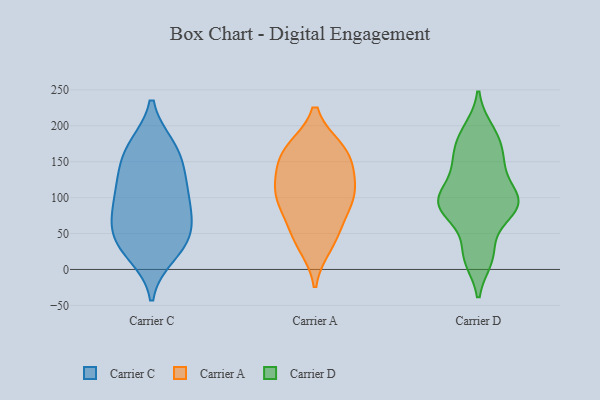
{"axis": {"x": "Satisfaction Score", "y": "Value"}, "legend": ["Carrier A", "Carrier C", "Carrier D"], "data": [{"x": "", "y": 51, "type": "Carrier C"}, {"x": "", "y": 169, "type": "Carrier C"}, {"x": "", "y": 88, "type": "Carrier C"}, {"x": "", "y": 96, "type": "Carrier C"}, {"x": "", "y": 171, "type": "Carrier C"}, {"x": "", "y": 133, "type": "Carrier C"}, {"x": "", "y": 167, "type": "Carrier C"}, {"x": "", "y": 66, "type": "Carrier C"}, {"x": "", "y": 118, "type": "Carrier C"}, {"x": "", "y": 132, "type": "Carrier C"}, {"x": "", "y": 87, "type": "Carrier C"}, {"x": "", "y": 50, "type": "Carrier C"}, {"x": "", "y": 31, "type": "Carrier C"}, {"x": "", "y": 35, "type": "Carrier C"}, {"x": "", "y": 21, "type": "Carrier C"}, {"x": "", "y": 89, "type": "Carrier A"}, {"x": "", "y": 159, "type": "Carrier A"}, {"x": "", "y": 43, "type": "Carrier A"}, {"x": "", "y": 60, "type": "Carrier A"}, {"x": "", "y": 167, "type": "Carrier A"}, {"x": "", "y": 97, "type": "Carrier A"}, {"x": "", "y": 125, "type": "Carrier A"}, {"x": "", "y": 160, "type": "Carrier A"}, {"x": "", "y": 128, "type": "Carrier A"}, {"x": "", "y": 102, "type": "Carrier A"}, {"x": "", "y": 34, "type": "Carrier A"}, {"x": "", "y": 167, "type": "Carrier A"}, {"x": "", "y": 105, "type": "Carrier A"}, {"x": "", "y": 168, "type": "Carrier D"}, {"x": "", "y": 138, "type": "Carrier D"}, {"x": "", "y": 87, "type": "Carrier D"}, {"x": "", "y": 89, "type": "Carrier D"}, {"x": "", "y": 96, "type": "Carrier D"}, {"x": "", "y": 138, "type": "Carrier D"}, {"x": "", "y": 104, "type": "Carrier D"}, {"x": "", "y": 194, "type": "Carrier D"}, {"x": "", "y": 15, "type": "Carrier D"}, {"x": "", "y": 18, "type": "Carrier D"}, {"x": "", "y": 22, "type": "Carrier D"}, {"x": "", "y": 170, "type": "Carrier D"}, {"x": "", "y": 85, "type": "Carrier D"}, {"x": "", "y": 91, "type": "Carrier D"}, {"x": "", "y": 98, "type": "Carrier D"}, {"x": "", "y": 150, "type": "Carrier D"}, {"x": "", "y": 96, "type": "Carrier D"}, {"x": "", "y": 65, "type": "Carrier D"}, {"x": "", "y": 190, "type": "Carrier D"}]}